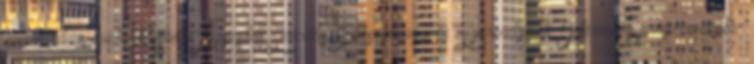
www.urban-eve.hu Miskolci Egyesített Szociális, Egészségügyi és Gyermekjóléti Intézmény programnaptár